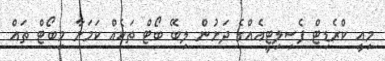
މިއީ ކްރެޑިޓް ފެސިލިޓީއެއްގެ ދަށުން ލިބޭ ބޯޓް ތަކެއް ކަމަށާ މިބޯޓް ތައް